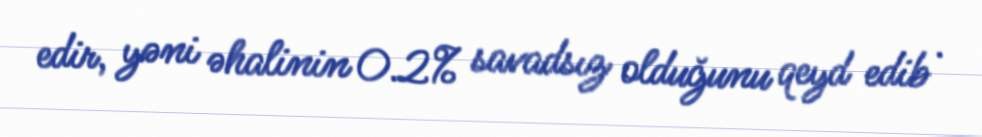
edir, yəni əhalinin 0.2% savadsız olduğunu qeyd edib .